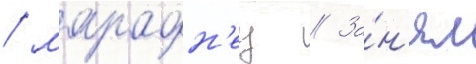
/ марафон'ец // За́н'ял